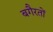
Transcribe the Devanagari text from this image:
बगैरतों